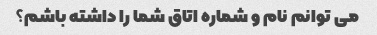
می توانم نام و شماره اتاق شما را داشته باشم؟